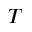
T